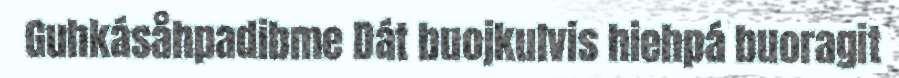
Guhkásåhpadibme Dát buojkulvis hiehpá buoragit